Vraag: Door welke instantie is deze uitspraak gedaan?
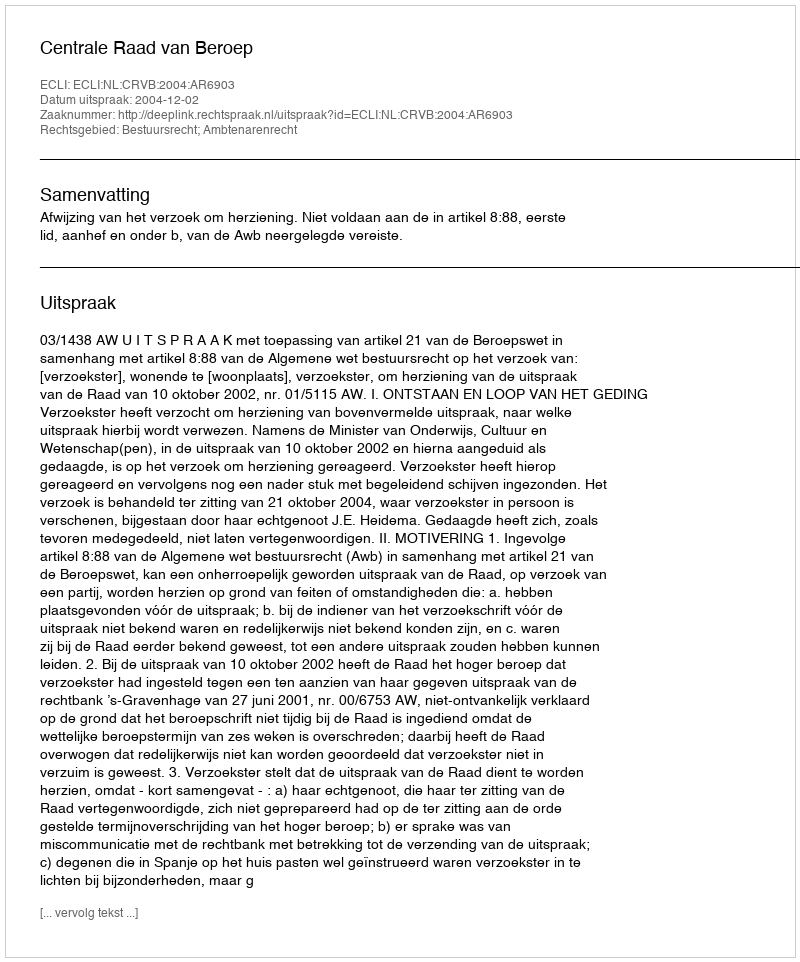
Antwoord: Centrale Raad van Beroep